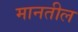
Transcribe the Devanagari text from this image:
मानतील